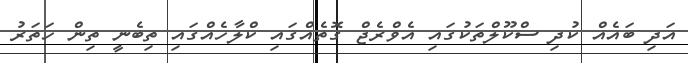
އަދި ބައެއް ކުދި ސްކޫލްތަކުގައި އެވްރެޖް ގޮތެއްގައި ކްލާހެއްގައި ތިބެނީ ތިން ހަތަރު